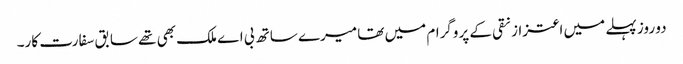
دو روز پہلے میں اعتزاز نقی کے پروگرام میں تھا میرے ساتھ بی اے ملک بھی تھے سابق سفارت کار۔